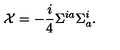
{ \cal X } = - \frac { i } { 4 } \Sigma ^ { i a } \Sigma _ { a } ^ { i } .